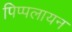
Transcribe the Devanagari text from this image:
पिप्पलायन